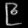
Digit: ၉